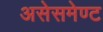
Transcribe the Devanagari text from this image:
असेसमेण्ट